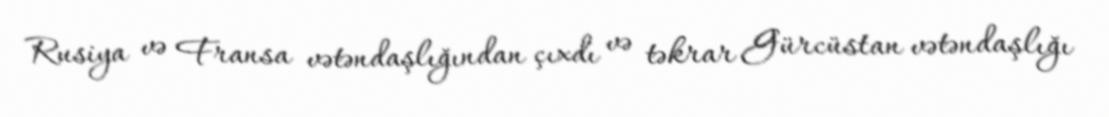
Rusiya və Fransa vətəndaşlığından çıxdı və təkrar Gürcüstan vətəndaşlığı